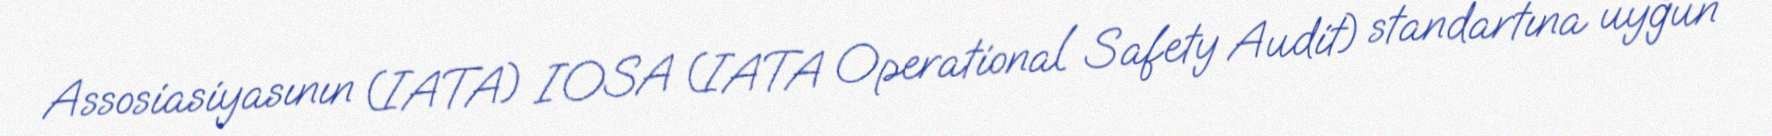
Assosiasiyasının (IATA) IOSA (IATA Operational Safety Audit) standartına uyğun